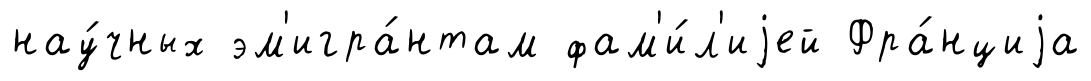
нау́чных эм'игра́нтам фам'и́л'иjей Фра́нциjа